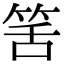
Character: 筈